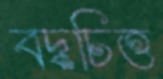
বদ্ধচিত্ত